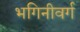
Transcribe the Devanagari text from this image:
भगिनीवर्ग